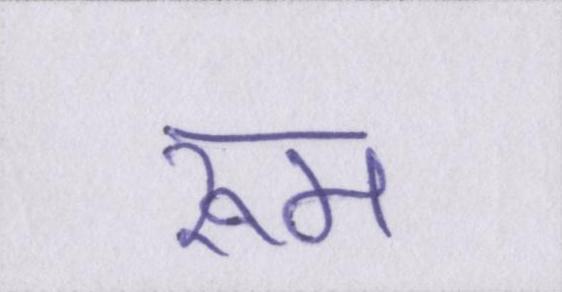
रूम